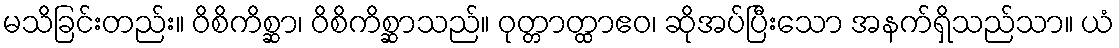
မသိခြင်းတည်း။ ဝိစိကိစ္ဆာ၊ ဝိစိကိစ္ဆာသည်။ ဝုတ္တာတ္ထာဧဝ၊ ဆိုအပ်ပြီးသော အနက်ရှိသည်သာ။ ယံ